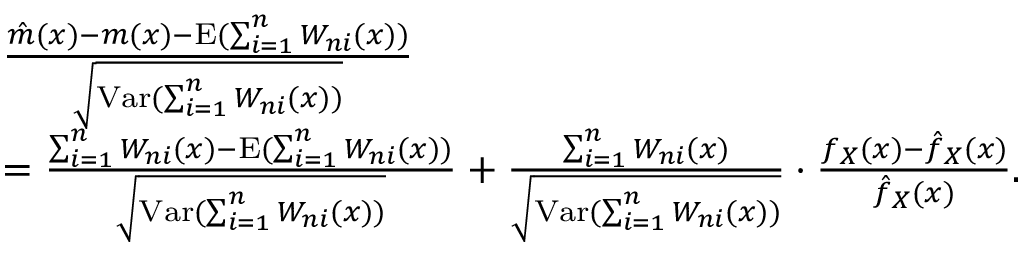
\begin{array} { r l } & { \frac { \hat { m } ( x ) - m ( x ) - \mathrm { E } ( \sum _ { i = 1 } ^ { n } W _ { n i } ( x ) ) } { \sqrt { \mathrm { V a r } ( \sum _ { i = 1 } ^ { n } W _ { n i } ( x ) ) } } } \\ & { = \frac { \sum _ { i = 1 } ^ { n } W _ { n i } ( x ) - \mathrm { E } ( \sum _ { i = 1 } ^ { n } W _ { n i } ( x ) ) } { \sqrt { \mathrm { V a r } ( \sum _ { i = 1 } ^ { n } W _ { n i } ( x ) ) } } + \frac { \sum _ { i = 1 } ^ { n } W _ { n i } ( x ) } { \sqrt { \mathrm { V a r } ( \sum _ { i = 1 } ^ { n } W _ { n i } ( x ) ) } } \cdot \frac { f _ { X } ( x ) - \hat { f } _ { X } ( x ) } { \hat { f } _ { X } ( x ) } . } \end{array}